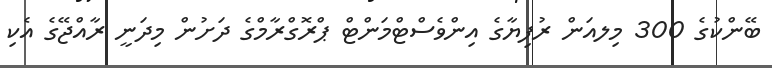
ބޭންކުގެ 300 މިލއަން ރުފިޔާގެ އިންވެސްޓްމަންޓް ޕްރޮގްރާމްގެ ދަށުން މިދަނީ ރާއްޖޭގެ އެކި